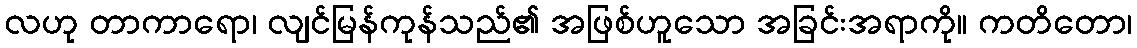
လဟု တာကာရော၊ လျင်မြန်ကုန်သည်၏ အဖြစ်ဟူသော အခြင်းအရာကို။ ကတိတော၊